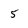
Character: 5